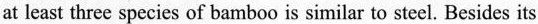
at least three species of bamboo is similar to steel. Besides its